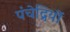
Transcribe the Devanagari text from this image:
पंचेद्रियों